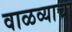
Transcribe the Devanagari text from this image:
वाळव्याचा